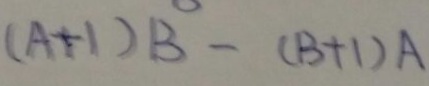
( A + 1 ) B - ( B + 1 ) A